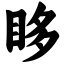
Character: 眵